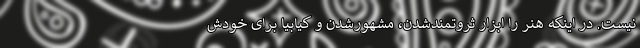
نیست. در اینکه هنر را ابزار ثروتمندشدن، مشهورشدن و کیابیا ‌برای خودش